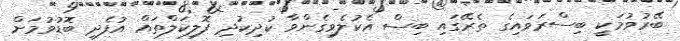
ބޭރުވުމަކީ ބިސްރަވައިގެ ތެރޭގައި ބިސް އެކުލެވިގެންވާ ކުދިކުދި ފޮލިކަލްތައް އުފެދި ބޮޑުވުމަށް